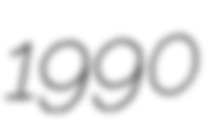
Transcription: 1990